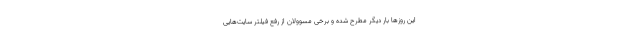
این روزها بار دیگر مطرح شده و برخی مسوولان از رفع فیلتر سایت‌هایی